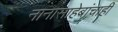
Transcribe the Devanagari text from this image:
नानासाहेबांचाही